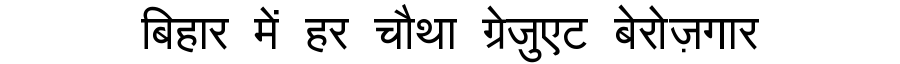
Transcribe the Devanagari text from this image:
बिहार में हर चौथा ग्रेजुएट बेरोज़गार